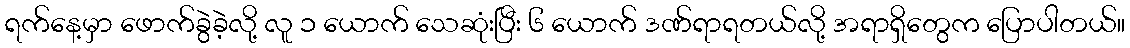
ရက်နေ့မှာ ဖောက်ခွဲခဲ့လို့ လူ ၁ ယောက် သေဆုံးပြီး ၆ ယောက် ဒဏ်ရာရတယ်လို့ အရာရှိတွေက ပြောပါတယ်။